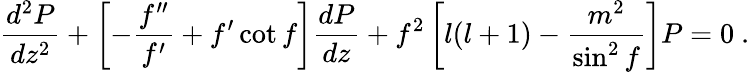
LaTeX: \frac{d^{2}P}{dz^{2}}+\left[-\frac{f^{\prime\prime}}{f^{\prime}}+f^{\prime}\cot f\right]\frac{dP}{dz}+f^{2}\left[l(l+1)-\frac{m^{2}}{\sin^{2}f}\right]P=0~.